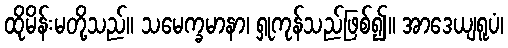
ထိုမိန်းမတို့သည်။ သမေက္ခမာနာ၊ ရှုကုန်သည်ဖြစ်၍။ အာဒေယျရူပံ၊